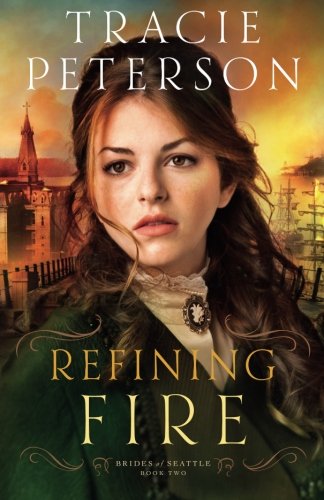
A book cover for Refining Fire (Brides of Seattle); Tracie Peterson; Romance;